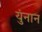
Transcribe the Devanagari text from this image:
युंनान